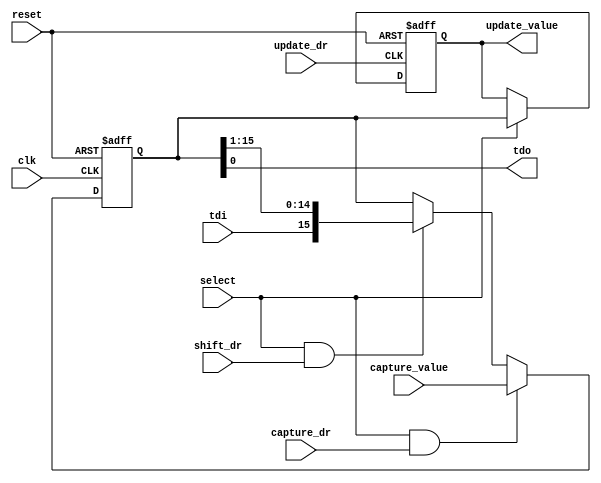
/**********************************************************************/
/*                                                                    */
/*             -------                                                */
/*            /   SOC  \                                              */
/*           /    GEN   \                                             */
/*          /     LIB    \                                            */
/*          ==============                                            */
/*          |            |                                            */
/*          |____________|                                            */
/*                                                                    */
/*  jtag reduced pin count register with update clock                 */
/*                                                                    */
/*                                                                    */
/*  Author(s):                                                        */
/*      - John Eaton, jt_eaton@opencores.org                          */
/*                                                                    */
/**********************************************************************/
/*                                                                    */
/*    Copyright (C) <2010>  <Ouabache Design Works>                   */
/*                                                                    */
/*  This source file may be used and distributed without              */
/*  restriction provided that this copyright statement is not         */
/*  removed from the file and that any derivative work contains       */
/*  the original copyright notice and the associated disclaimer.      */
/*                                                                    */
/*  This source file is free software; you can redistribute it        */
/*  and/or modify it under the terms of the GNU Lesser General        */
/*  Public License as published by the Free Software Foundation;      */
/*  either version 2.1 of the License, or (at your option) any        */
/*  later version.                                                    */
/*                                                                    */
/*  This source is distributed in the hope that it will be            */
/*  useful, but WITHOUT ANY WARRANTY; without even the implied        */
/*  warranty of MERCHANTABILITY or FITNESS FOR A PARTICULAR           */
/*  PURPOSE.  See the GNU Lesser General Public License for more      */
/*  details.                                                          */
/*                                                                    */
/*  You should have received a copy of the GNU Lesser General         */
/*  Public License along with this source; if not, download it        */
/*  from http://www.opencores.org/lgpl.shtml                          */
/*                                                                    */
/**********************************************************************/


module 
cde_jtag_rpc_reg 
#(parameter BITS = 16,           // number of bits in the register (2 or more)
  parameter RESET_VALUE = 'h0      // reset value of register
)
(
   
input  wire             clk,                   // clock input
input  wire             reset,                 // async reset
input  wire             tdi,                   // scan-in of jtag_register
input  wire             select,                // '1' when jtag accessing this register 
output wire             tdo,                   // scan-out of jtag register
input  wire             update_dr,             // clock input
input  wire             capture_dr,
input  wire             shift_dr,

output  reg  [BITS-1:0] update_value,          // the update register 
input  wire  [BITS-1:0] capture_value          // value to latch on a capture_dr

 );
   
// shift  buffer and shadow
reg [BITS-1:0]  buffer;

always @(posedge clk or posedge reset)
  if (reset)                            buffer <= RESET_VALUE;
  else 
  if (select && capture_dr)             buffer <= capture_value;
  else 
  if (select && shift_dr)               buffer <= { tdi, buffer[BITS-1:1] };
  else                                  buffer <= buffer;




  always @(posedge update_dr  or posedge reset)
   if (reset)                          update_value <= RESET_VALUE;
   else 
   if (select)                         update_value <= buffer;
   else                                update_value <= update_value;

  


assign tdo = buffer[0];



endmodule